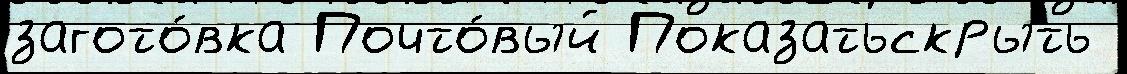
загото́вка Почто́вый Показатьскрыть